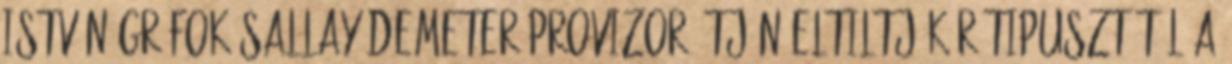
István grófok Sallay Demeter provizor útján eltiltják Rétipusztától a